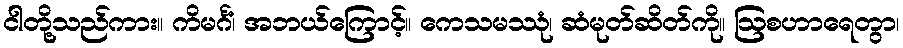
ငါတို့သည်ကား။ ကိမင်္ဂံ၊ အဘယ်ကြောင့်။ ကေသမဿုံ၊ ဆံမုတ်ဆိတ်ကို။ ဩစဟာရေတွာ၊